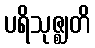
ပရိသုဇ္ဈတိ